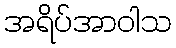
အရိပ်အာဝါသ